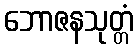
ဘောဇနသုတ္တံ